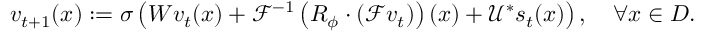
v _ { t + 1 } ( x ) : = \sigma \left( W v _ { t } ( x ) + \mathcal { F } ^ { - 1 } \left( R _ { \phi } \cdot \left( \mathcal { F } v _ { t } \right) \right) ( x ) + \mathcal { U ^ { * } } s _ { t } ( x ) \right) , \quad \forall x \in D .